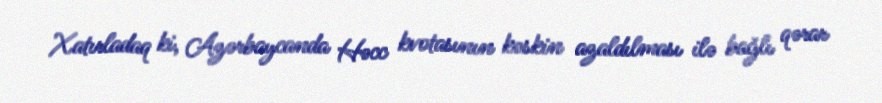
Xatırladaq ki, Azərbaycanda Həcc kvotasının kəskin azaldılması ilə bağlı qərar